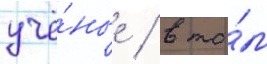
учё́ные / в то́м